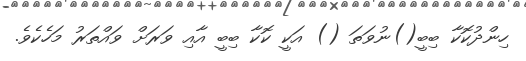
ހިންދުކޮކާ ބިބީ()ނުވަތަ () އަކީ ކޮކާ ބިބީ އާއި ވަރަށް ވައްތަރު މަހެކެވެ.